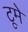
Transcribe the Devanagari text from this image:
टूमे